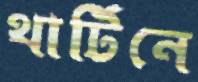
থার্টিনে